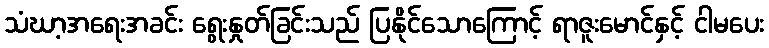
သံဃာ့အရေးအခင်း ရွေးနှုတ်ခြင်းသည် ပြနိုင်သောကြောင့် ရာဇူးမောင်နှင့် ငါမပေး